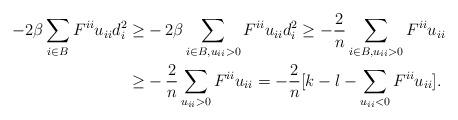
LaTeX: \begin{align*}- 2\beta \sum\limits_{i \in B} {F^{ii} u_{ii} d_i ^2 } \geq& - 2\beta \sum\limits_{i \in B, u_{ii} > 0} {F^{ii} u_{ii} d_i ^2 }\geq - \frac{2}{n} \sum\limits_{i \in B,u_{ii} > 0} {F^{ii} u_{ii} } \\\geq& - \frac{2}{n} \sum\limits_{u_{ii} > 0} {F^{ii} u_{ii} } = - \frac{2}{n} [k-l- \sum\limits_{u_{ii} < 0} {F^{ii} u_{ii} }].\end{align*}